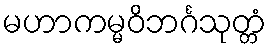
မဟာကမ္မဝိဘင်္ဂသုတ္တံ